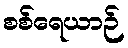
စစ်ရေယာဉ်